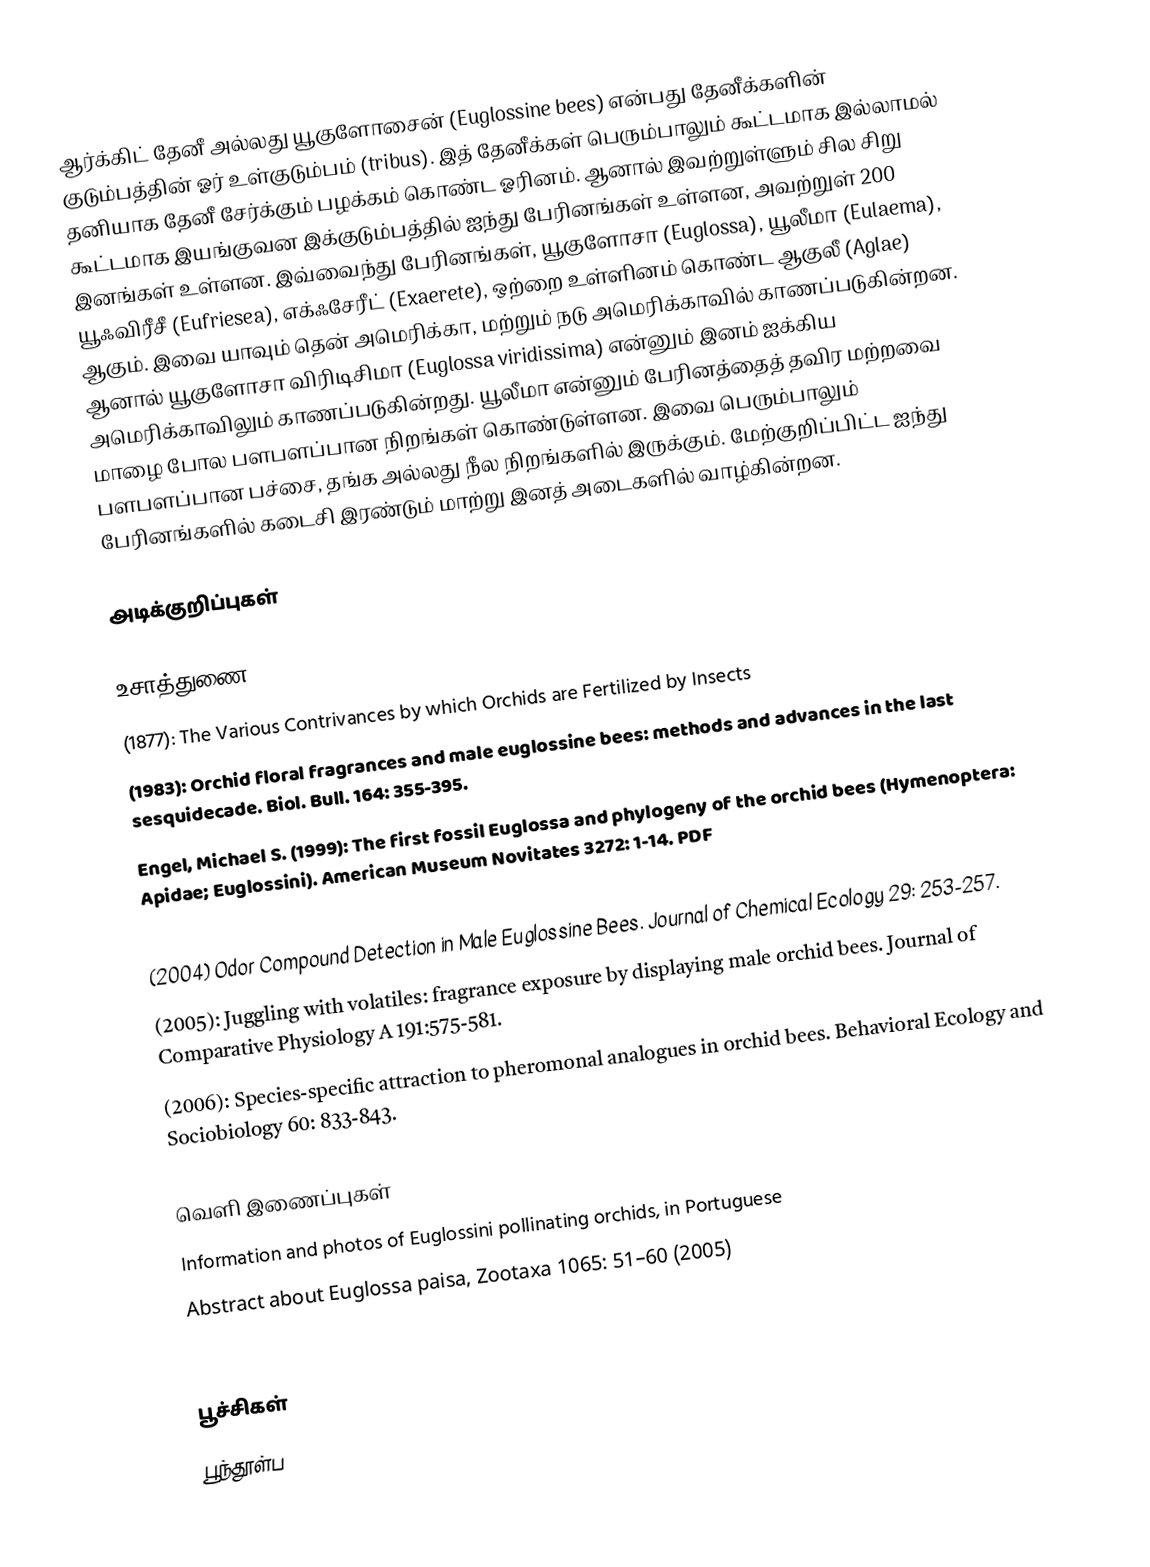
ஆர்க்கிட் தேனீ அல்லது யூகுளோசைன் (Euglossine bees) என்பது தேனீக்களின் குடும்பத்தின் ஓர் உள்குடும்பம் (tribus). இத் தேனீக்கள் பெரும்பாலும் கூட்டமாக இல்லாமல் தனியாக தேனீ சேர்க்கும் பழக்கம் கொண்ட ஓரினம். ஆனால் இவற்றுள்ளும் சில சிறு கூட்டமாக இயங்குவன இக்குடும்பத்தில் ஐந்து பேரினங்கள் உள்ளன, அவற்றுள் 200 இனங்கள்  உள்ளன. இவ்வைந்து பேரினங்கள், யூகுளோசா (Euglossa), யூலீமா (Eulaema), யூஃவிரீசீ (Eufriesea), எக்ஃசேரீட் (Exaerete),  ஒற்றை உள்ளினம் கொண்ட ஆகுலீ (Aglae) ஆகும். இவை யாவும் தென் அமெரிக்கா, மற்றும் நடு அமெரிக்காவில் காணப்படுகின்றன. ஆனால் யூகுளோசா விரிடிசிமா (Euglossa viridissima) என்னும் இனம் ஐக்கிய அமெரிக்காவிலும் காணப்படுகின்றது. யூலீமா என்னும் பேரினத்தைத் தவிர மற்றவை மாழை போல பளபளப்பான நிறங்கள் கொண்டுள்ளன. இவை பெரும்பாலும் பளபளப்பான பச்சை, தங்க அல்லது நீல நிறங்களில் இருக்கும். மேற்குறிப்பிட்ட ஐந்து பேரினங்களில் கடைசி இரண்டும் மாற்று இனத் அடைகளில் வாழ்கின்றன.

அடிக்குறிப்புகள்

உசாத்துணை
  (1877): The Various Contrivances by which Orchids are Fertilized by Insects
  (1983): Orchid floral fragrances and male euglossine bees: methods and advances in the last sesquidecade. Biol. Bull. 164: 355-395.
 Engel, Michael S. (1999): The first fossil Euglossa and phylogeny of the orchid bees (Hymenoptera: Apidae; Euglossini). American Museum Novitates 3272: 1-14. PDF
 D. W. Roubik and P. E. Hanson (2004): Orchid bees of tropical America: biology and field guide
  (2004) Odor Compound Detection in Male Euglossine Bees. Journal of Chemical Ecology 29: 253-257.
  (2005): Juggling with volatiles: fragrance exposure by displaying male orchid bees. Journal of Comparative Physiology A 191:575-581.
  (2006): Species-specific attraction to pheromonal analogues in orchid bees. Behavioral Ecology and Sociobiology 60: 833-843.

வெளி இணைப்புகள்
Information and photos of Euglossini pollinating orchids, in Portuguese
Abstract about Euglossa paisa, Zootaxa 1065: 51–60 (2005)
Video showing Euglossini Orchid Bees collecting fragrance from Mormodes badia, a Mexican Orchid

பூச்சிகள்
பூந்தூள்ப